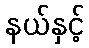
နယ်နှင့်